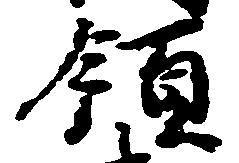
領